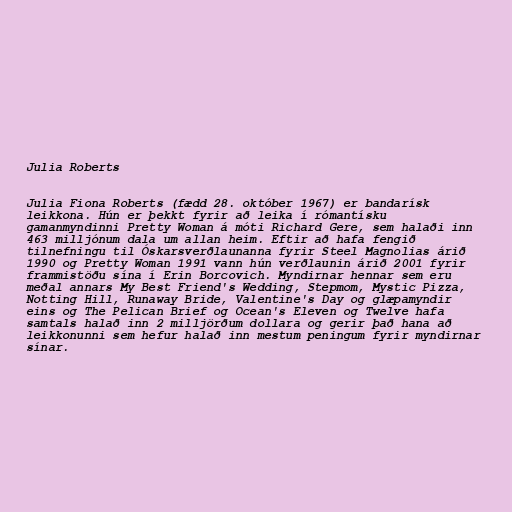
Julia Roberts

Julia Fiona Roberts (fædd 28. október 1967) er bandarísk
leikkona. Hún er þekkt fyrir að leika í rómantísku
gamanmyndinni Pretty Woman á móti Richard Gere, sem halaði inn
463 milljónum dala um allan heim. Eftir að hafa fengið
tilnefningu til Óskarsverðlaunanna fyrir Steel Magnolias árið
1990 og Pretty Woman 1991 vann hún verðlaunin árið 2001 fyrir
frammistöðu sína í Erin Borcovich. Myndirnar hennar sem eru
meðal annars My Best Friend's Wedding, Stepmom, Mystic Pizza,
Notting Hill, Runaway Bride, Valentine's Day og glæpamyndir
eins og The Pelican Brief og Ocean's Eleven og Twelve hafa
samtals halað inn 2 milljörðum dollara og gerir það hana að
leikkonunni sem hefur halað inn mestum peningum fyrir myndirnar
sínar.